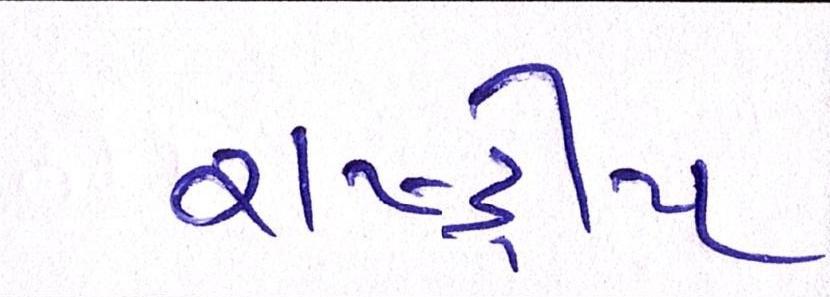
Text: રાષ્ટ્રીય